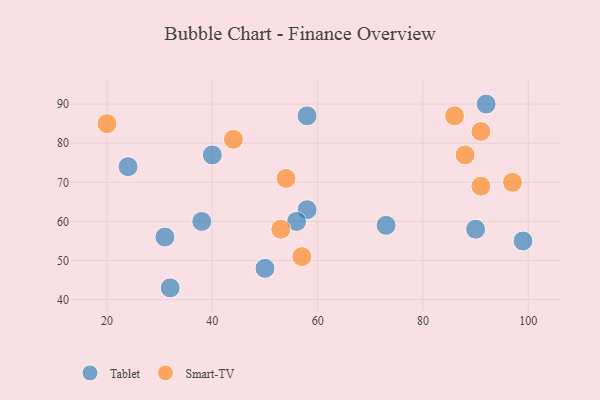
{"axis": {"x": "GDP", "y": "Life Expectancy"}, "legend": ["Smart-TV", "Tablet"], "data": [{"x": "58", "y": 63, "type": "Tablet"}, {"x": "50", "y": 48, "type": "Tablet"}, {"x": "56", "y": 60, "type": "Tablet"}, {"x": "99", "y": 55, "type": "Tablet"}, {"x": "31", "y": 56, "type": "Tablet"}, {"x": "32", "y": 43, "type": "Tablet"}, {"x": "73", "y": 59, "type": "Tablet"}, {"x": "92", "y": 90, "type": "Tablet"}, {"x": "40", "y": 77, "type": "Tablet"}, {"x": "38", "y": 60, "type": "Tablet"}, {"x": "24", "y": 74, "type": "Tablet"}, {"x": "58", "y": 87, "type": "Tablet"}, {"x": "90", "y": 58, "type": "Tablet"}, {"x": "20", "y": 85, "type": "Smart-TV"}, {"x": "44", "y": 81, "type": "Smart-TV"}, {"x": "57", "y": 51, "type": "Smart-TV"}, {"x": "86", "y": 87, "type": "Smart-TV"}, {"x": "88", "y": 77, "type": "Smart-TV"}, {"x": "91", "y": 83, "type": "Smart-TV"}, {"x": "91", "y": 69, "type": "Smart-TV"}, {"x": "53", "y": 58, "type": "Smart-TV"}, {"x": "97", "y": 70, "type": "Smart-TV"}, {"x": "54", "y": 71, "type": "Smart-TV"}]}